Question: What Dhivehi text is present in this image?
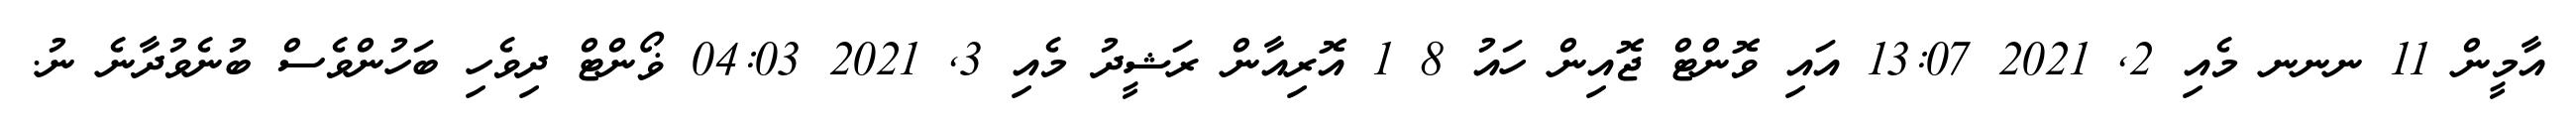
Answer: އާމީން 11 ނނނ މެއި 2, 2021 13:07 އައި ވޮންޓް ޖޮއިން ހައު 8 1 އޮރިއާން ރަޝީދު މެއި 3, 2021 04:03 ޥޯންޓް ދިވެހި ބަހުންވެސް ބުނެވުދާނެ ނު.